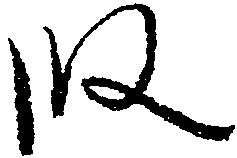
段